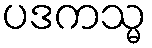
ပဒကသ္မ